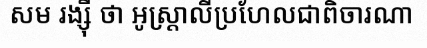
សម រង្ស៊ី ថា អូស្ត្រាលីប្រហែលជាពិចារណា